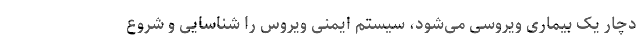
دچار یک بیماری ویروسی می‌شود، سیستم ایمنی ویروس را شناسایی و شروع